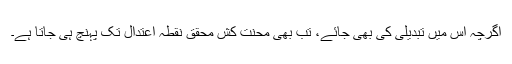
اگرچہ اس میں تبدیلی کی بھی جائے، تب بھی محنت کش محقق نقطہ اعتدال تک پہنچ ہی جاتا ہے۔